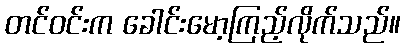
တင်ဝင်းက ခေါင်းမော့ကြည့်လိုက်သည်။